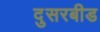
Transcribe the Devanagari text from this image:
दुसरबीड